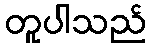
တူပါသည်